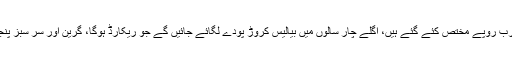
انہوں نے کہا کہ بلین ٹری سونامی کے تحت چھبیس ارب روپے مختص کئے گئے ہیں، اگلے چار سالوں میں بیالیس کروڑ پودے لگائے جائیں گے جو ریکارڈ ہوگا، گرین اور سر سبز پنجاب کیلئے ایسے تاریخی منصوبے کی مثال نہیں ملتی۔